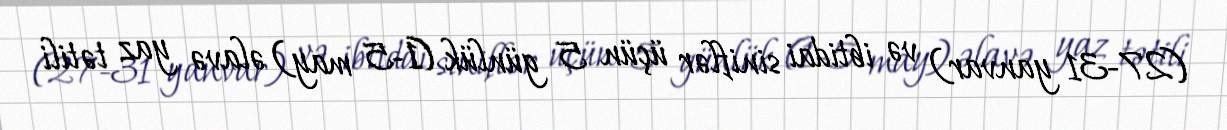
(27-31 yanvar) və ibtidai siniflər üçün 5 günlük (1-5 may) əlavə yaz tətili